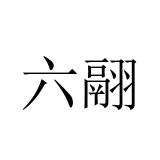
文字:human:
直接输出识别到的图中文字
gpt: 六翮